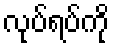
လုပ်ရပ်ကို